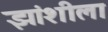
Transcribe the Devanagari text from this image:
झांशीला